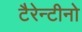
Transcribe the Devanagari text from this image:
टैरेन्टीनो